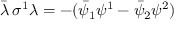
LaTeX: \bar { \lambda } \, \sigma ^ { 1 } \lambda = - ( \bar { \psi } _ { 1 } \psi ^ { 1 } - \bar { \psi } _ { 2 } \psi ^ { 2 } )